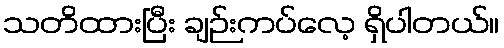
သတိထားပြီး ချဉ်းကပ်လေ့ ရှိပါတယ်။